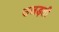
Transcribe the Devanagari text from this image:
उजड़ती